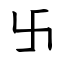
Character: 卐